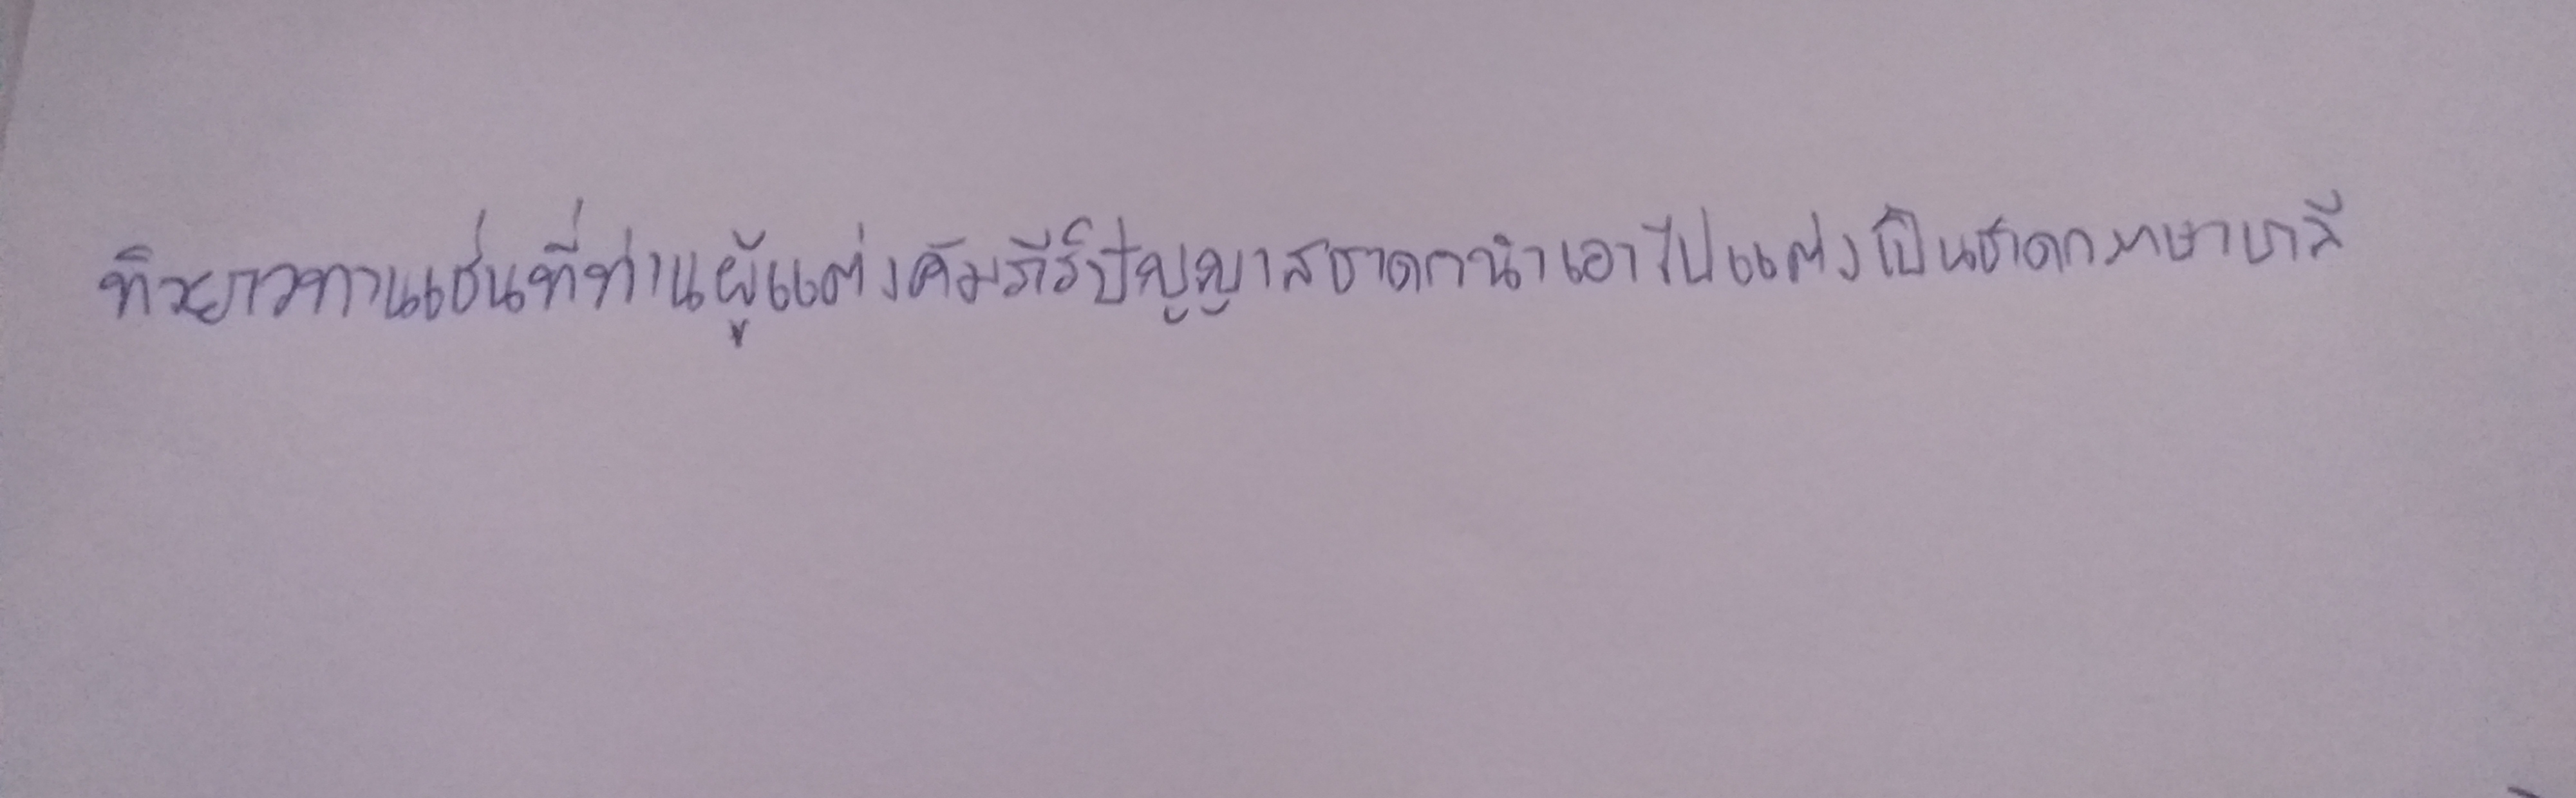
ทิวยาวทานเช่นที่ท่านผู้แต่งคัมภีร์ปัญญาสชาดกนำเอาไปแต่งเป็นชาดกภาษาบาลี